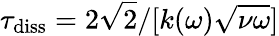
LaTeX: \tau_{\mathrm{diss}}=2\sqrt{2}/[k(\omega)\sqrt{\nu\omega}]